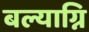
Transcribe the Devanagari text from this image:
बल्याग्नि